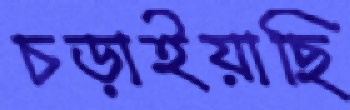
চড়াইয়াছি